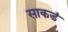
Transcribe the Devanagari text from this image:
साकडं